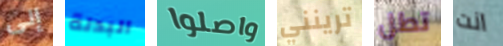
إلى البدلة واصلوا ترينني تطل انت